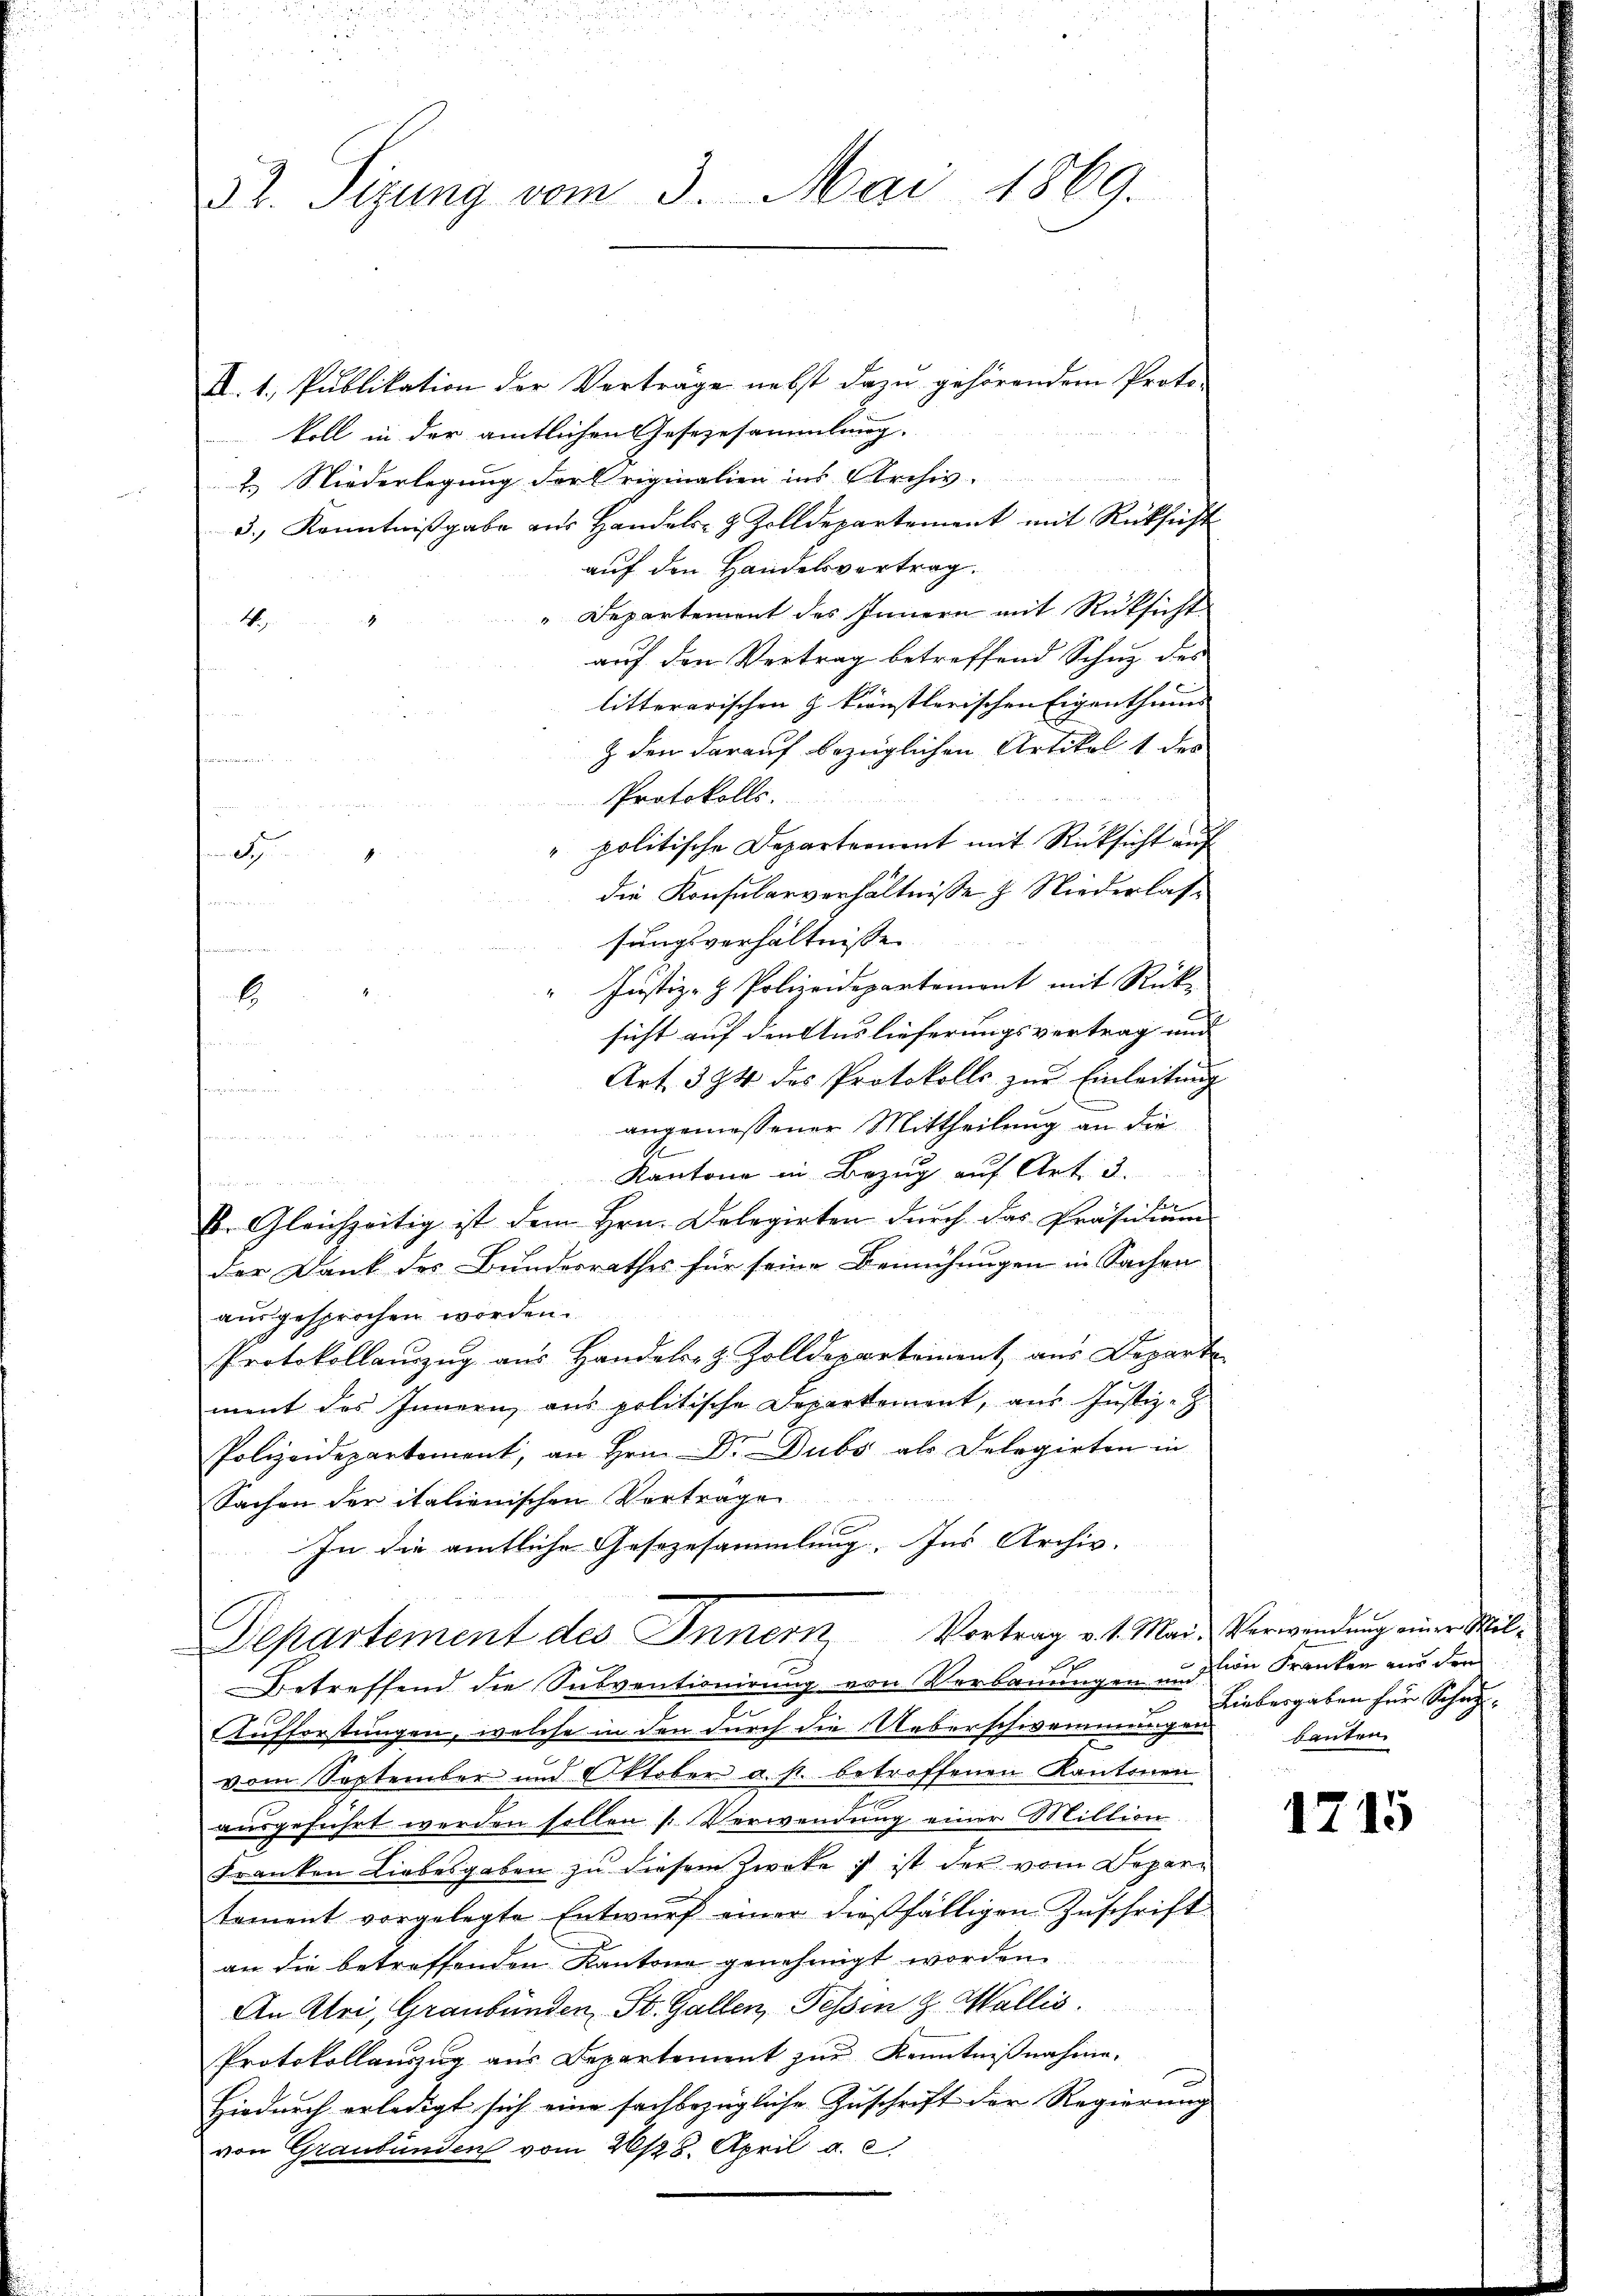
52. Sizung vom 3. Mai 1869.

II.1. Publikation der Verträge nebst dazu gehörendem Proto-
koll in der amtlichen Gesezesammlung.
2. Niederlegung Fort riginalien ins Archiv.
3., Kenntniβgabe aus Handels- & Zolldepartement mit Rücksicht
auf den Handelsvertrag.
"Departement des Innern mit Rücksicht
4
4
auf den Vertrag betreffend Schuz des
litterarischen H. kränstlerischen Eigenthums- |
& den darauf bezüglichen Artikel 1 des
e
Protokolls.
" politische Departement mit Rücksicht auf
die Konsularverhältnisse & Niederlassungsverhältnisse
Justiz- & Polizeidepartemont mit Rück-
b
sicht auf den Auslieferungsvertrag und
Art. 334 des Protokolls zur Einleitung
angemessener Mittheilung an die
u
Kantone in Bezug auf Art. 3.
tenen un
k. Gleichzeitig ist dem Hrn. Delegirten durch das Präsidium
Der Dank des Bundesrathes für seine Bemühungen in Sachen
ausgesprochen worden.
Protokollauszug aus Handels- & Zolldepartement aus Departe
ment des Innern aus politische Departement, aus Justiz-Z.
Polizeidepartement, an Hrn. Dr. Dubs als Delegirten in
Sachen der italienischen Vortrage
In die amtliche Gesezesammlung. Ins Archiv.

S

u
Departement des Innern, Vortrag v. 1. Mai, Verwendung einer Wil¬
Betreffend die Subventionirung von Verbauungen und von Franker aus den

.
Aufforstungen, welche in den durch die Ueberschwemmungen bauten
vom September und Oktober a. p. betroffenen Kantonen
ausgeführt werden sollen f. Verwendung einer Million
Franken Liebesgaben zu diesem Zweke ist ist der vom Departement vorgelegte Entwurf einer dießfälligen Zuschrift
an die betreffenden Kantone genehmigt worden
An Uri, Graubünden St. Gallen, Tessin z. Wallis.
Protokollauszug aus Departement zur Kenntnißnahme.
Hiedurch erledigt sich eine fachbezügliche Zuschrift der Regierung
von Graubünden vom 26/28. April a. c.

Liebergaben für Schaz¬

1715